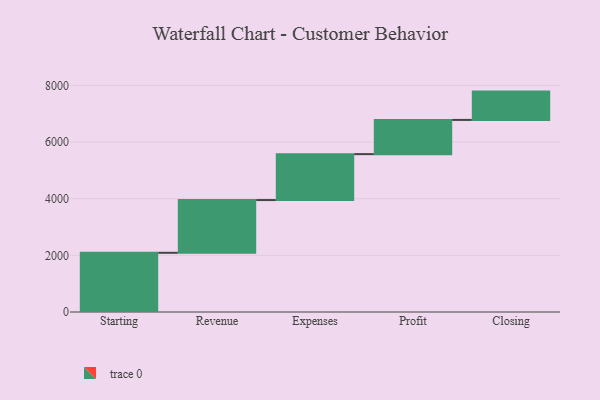
{"axis": {"x": "Step", "y": "Value"}, "legend": [""], "data": [{"x": "Starting", "y": 2091.0, "type": ""}, {"x": "Revenue", "y": 1862.0, "type": ""}, {"x": "Expenses", "y": 1622.0, "type": ""}, {"x": "Profit", "y": 1208.0, "type": ""}, {"x": "Closing", "y": 1000, "type": ""}]}